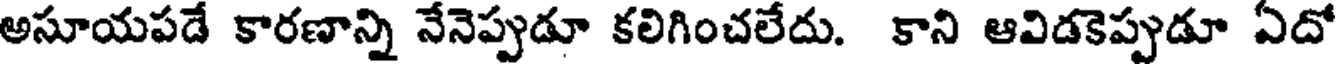
అసూయపడే కారణాన్ని నేనెప్పుడూ కలిగించలేదు. కాని ఆవిడకెప్పుడూ ఏదో